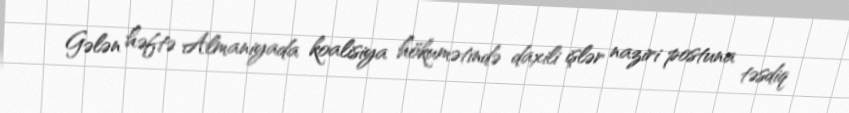
Gələn həftə Almaniyada koalisiya hökumətində daxili işlər naziri postuna təsdiq